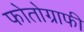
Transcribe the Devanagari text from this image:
फोतोग्राफी